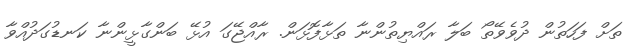
ތަށް ފަހަތުން ދުވެވޭތޯ ބަލާ ރައްޔިތުންނާ ތަޅާފޮޅަން. ރާއްޖޭގަ އުޅޭ ބަންގާޅީންނާ ކަނޑުގަދުއްވާ